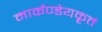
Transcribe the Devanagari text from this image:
मार्कण्डेयकृतं